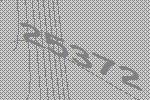
25372